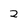
Character: 2